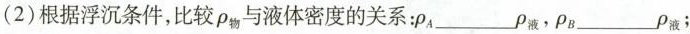
(2)根据浮沉条件，比较\rho_{物}与液体密度的关系：\rho_{A}___\rho_{液}，\rho_{B}____\rho_{液}；